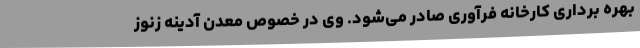
بهره برداری کارخانه فرآوری صادر می‌شود. وی در خصوص معدن آدینه زنوز